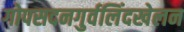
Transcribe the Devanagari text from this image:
गोपसदनगुर्वलिंदखेलन